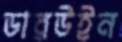
ডারউইন